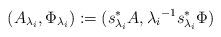
LaTeX: \begin{align*}(A_{\lambda_i},\Phi_{\lambda_i}):=(s_{\lambda_i}^{\ast}A , {\lambda_i}^{-1}s_{\lambda_i}^{\ast}\Phi)\end{align*}